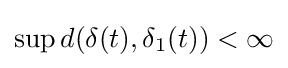
\sup d(\delta (t),\delta _{1}(t))<\infty